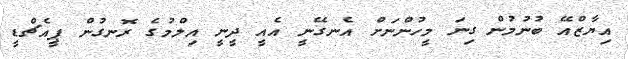
އިޔާޒްއޭ ބުނުމުން ގިނަ މީހުންނަށް އެނގޭނީ އެއީ ދީނީ އިލްމުގެ ރޮނގުން ޕީއެޗްޑީ